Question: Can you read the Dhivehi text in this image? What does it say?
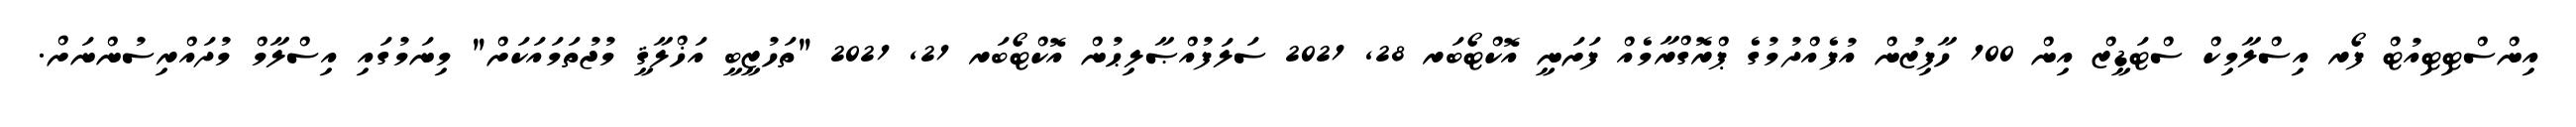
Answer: އިންސްޓިޓިއުޓް ފޯރ އިސްލާމިކް ސްޓަޑީޒް އިން 100 ހާފިޒުން އުފެއްދުމުގެ ޕްރޮގްރާމެއް ފަށަނީ އޮކްޓޯބަރ 28, 2021 ސަލަފުއްޞާލިޙުން އޮކްޓޯބަރ 21, 2021 "ތަހުޒީބީ އަޚްލާޤީ މުޖުތަމައަކަށް" މިނަމުގައި އިސްލާމް މުދައްރިސުންނަށް.